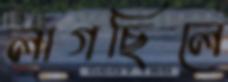
লাগছিলে